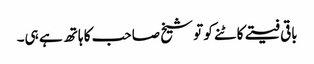
باقی فیتے کاٹنے کو تو شیخ صاحب کا ہاتھ ہے ہی۔